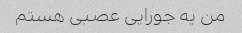
من یه جورایی عصبی هستم